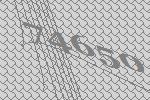
74650